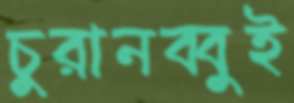
চুরানব্বুই